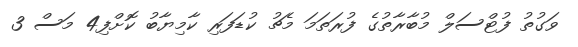
ވަގުތު ފުޓްސަލް މުބާރާތުގެ ފުރަތަމަ މެޗު ކުޑަފަރި ކާމިޔާބު ކޮށްފި4 މަސް 3